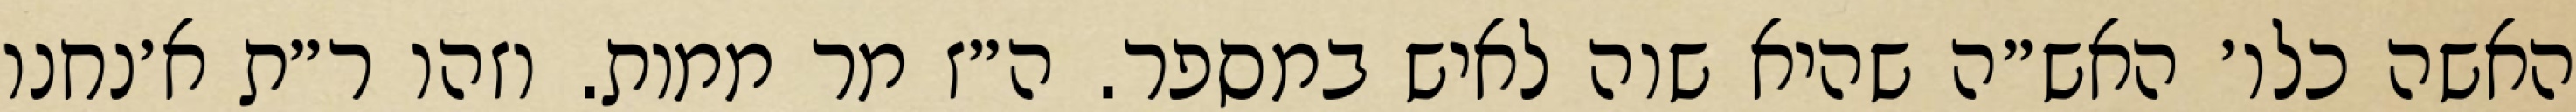
האשה כלו׳ האש״ה שהיא שוה לאיש במספר. ה״ז מר ממות. וזהו ר״ת א׳נחנו